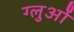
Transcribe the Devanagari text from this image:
ग्लुओं